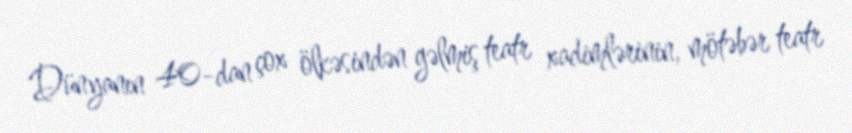
Dünyanın 40-dan çox ölkəsindən gəlmiş teatr xadimlərinin, mötəbər teatr